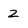
Character: Z